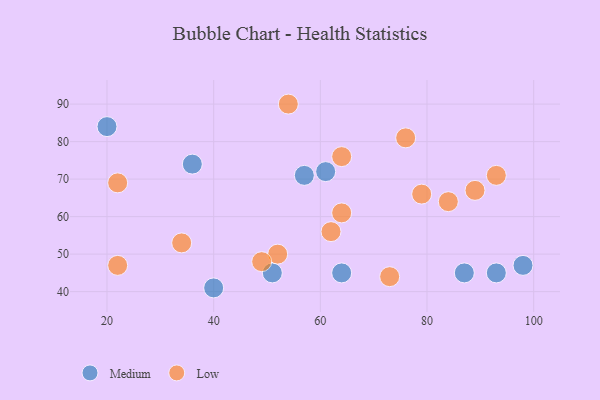
{"axis": {"x": "GDP", "y": "Life Expectancy"}, "legend": ["Low", "Medium"], "data": [{"x": "61", "y": 72, "type": "Medium"}, {"x": "87", "y": 45, "type": "Medium"}, {"x": "98", "y": 47, "type": "Medium"}, {"x": "40", "y": 41, "type": "Medium"}, {"x": "64", "y": 45, "type": "Medium"}, {"x": "93", "y": 45, "type": "Medium"}, {"x": "20", "y": 84, "type": "Medium"}, {"x": "57", "y": 71, "type": "Medium"}, {"x": "51", "y": 45, "type": "Medium"}, {"x": "36", "y": 74, "type": "Medium"}, {"x": "34", "y": 53, "type": "Low"}, {"x": "64", "y": 76, "type": "Low"}, {"x": "76", "y": 81, "type": "Low"}, {"x": "64", "y": 61, "type": "Low"}, {"x": "52", "y": 50, "type": "Low"}, {"x": "73", "y": 44, "type": "Low"}, {"x": "62", "y": 56, "type": "Low"}, {"x": "22", "y": 47, "type": "Low"}, {"x": "49", "y": 48, "type": "Low"}, {"x": "84", "y": 64, "type": "Low"}, {"x": "89", "y": 67, "type": "Low"}, {"x": "22", "y": 69, "type": "Low"}, {"x": "79", "y": 66, "type": "Low"}, {"x": "93", "y": 71, "type": "Low"}, {"x": "54", "y": 90, "type": "Low"}]}